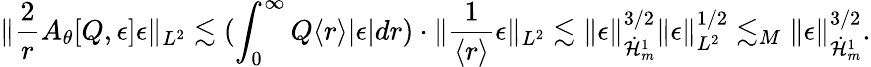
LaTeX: \| \frac{2}{r}A_{\theta}[Q,\epsilon]\epsilon\| _{L^{2}}\lesssim(\int_{0}^{\infty}Q\langle r\rangle|\epsilon|dr)\cdot\| \frac{1}{\langle r\rangle}\epsilon\| _{L^{2}}\lesssim\| \epsilon\| _{\dot{\mathcal H}_{m}^{1}}^{3/2}\| \epsilon\| _{L^{2}}^{1/2}\lesssim_{M}\| \epsilon\| _{\dot{\mathcal H}_{m}^{1}}^{3/2}.